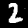
Label: 2